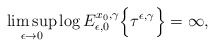
\begin{align*} \limsup_{\epsilon \rightarrow 0} \log E_{\epsilon,0}^{x_0,\gamma}\Bigl\{\tau^{\epsilon,\gamma} \Bigr\} = \infty, \end{align*}